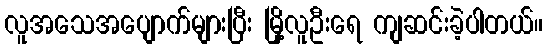
လူအသေအပျောက်များပြီး မြို့လူဦးရေ ကျဆင်းခဲ့ပါတယ်။